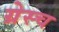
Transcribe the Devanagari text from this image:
ग्रेस्च